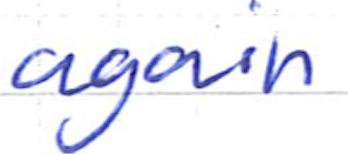
Text: again
Cross-out: clean
Writing tool: ballpoint